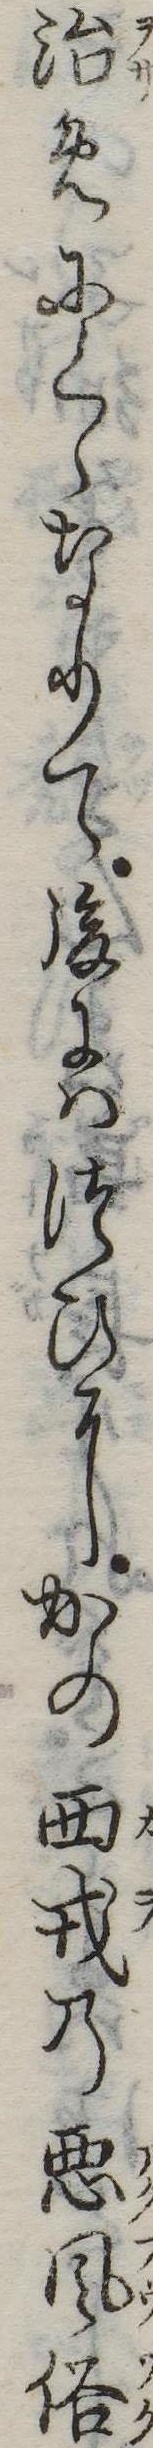
治めにくゝなりて後にはつひにかの西戎の悪風俗